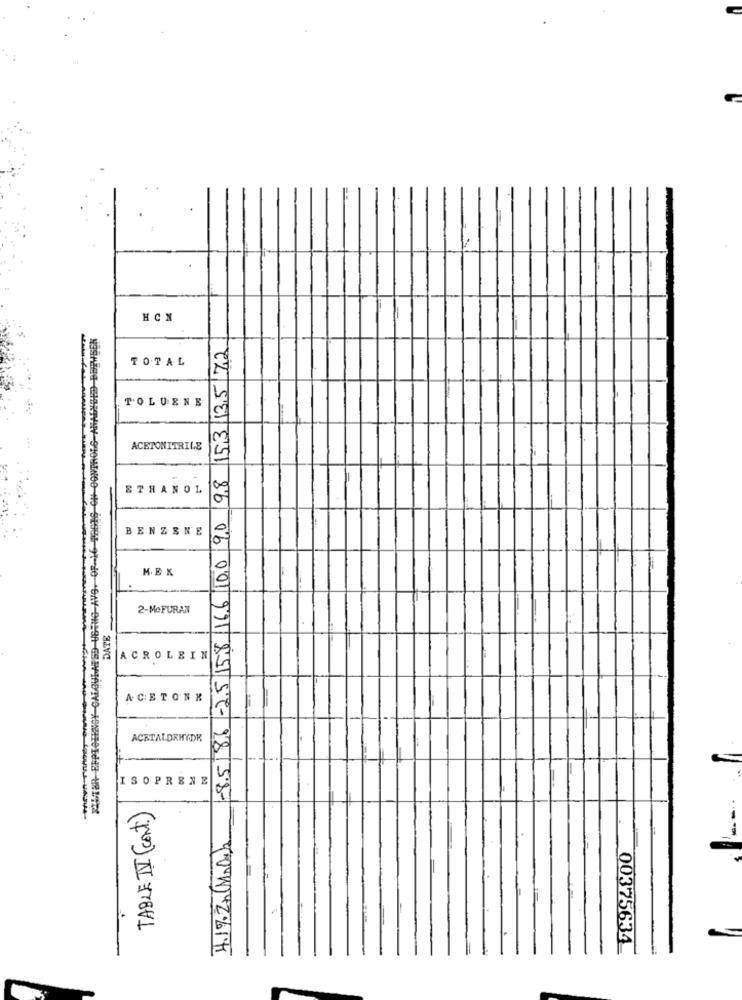
HCN
-25 158 166 100 90 98 153 135 72
-
TOTAL
TOLUENE
ACETONITRILE
ETHANOL
00
BENZENE
M.EX
2-MeFURAN
DATE
ACROLEIN
ACETONE
ACETALDRHYDR
ISOPRENE
2858
TABLE I (cont)
4.1%.Zn(Mola2
00375634